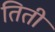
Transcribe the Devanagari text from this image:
तिती